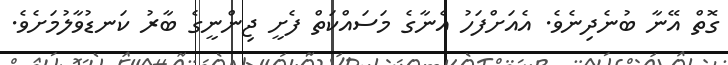
ގޮތް އޭނާ ބުނެދިނެވެ. އެއަށްފަހު އެނާގެ މަސައްކަތް ފެށީ ޖިންނީގެ ބާރު ކަނޑުވާލުމަށެވެ.